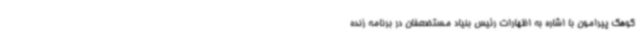
کوهک پیرامون با اشاره به اظهارات رئیس بنیاد مستضعفان در برنامه زنده